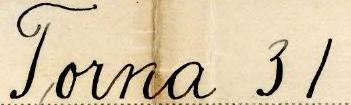
Torna 31